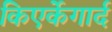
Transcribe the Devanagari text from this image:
किएर्केगार्द